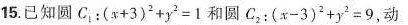
15.已知圆C_{1}：$$( x + 3 ) ^ { 2 } + y ^ { 2 } = 1$$和圆C_{2}：$$( x - 3 ) ^ { 2 }+ y ^ { 2 } = 9$$，动